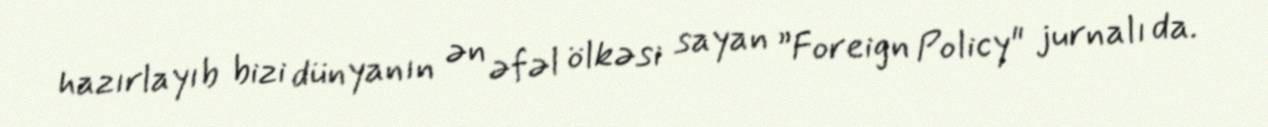
hazırlayıb bizi dünyanın ən əfəl ölkəsi sayan ”Foreign Policy" jurnalı da.